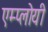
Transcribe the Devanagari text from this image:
एम्प्लोयी